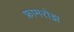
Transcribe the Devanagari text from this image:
फ्रामरोझ